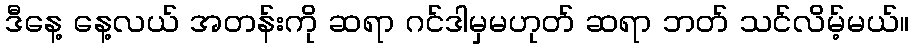
ဒီနေ့ နေ့လယ် အတန်းကို ဆရာ ဂင်ဒါမှမဟုတ် ဆရာ ဘတ် သင်လိမ့်မယ်။